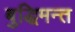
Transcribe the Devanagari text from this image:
बुद्धिमन्त